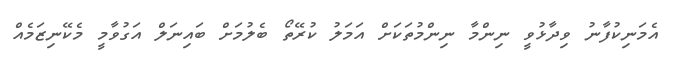
އެމަނިކުފާނު ވިދާޅުވީ ނިންމާ ނިންމުތަކަށް އަމަލު ކުރޭތޯ ބެލުމަށް ބައިނަލް އަގުވާމީ މެކޭނިޒަމެއް